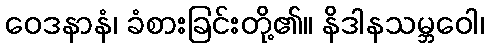
ဝေဒနာနံ၊ ခံစားခြင်းတို့၏။ နိဒါနသမ္ဘဝေါ၊